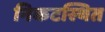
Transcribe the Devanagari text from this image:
निकटस्थित